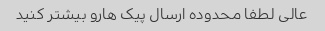
عالی لطفا محدوده ارسال پیک هارو بیشتر کنید